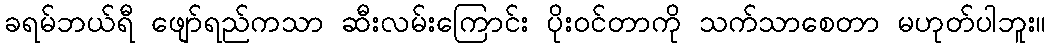
ခရမ်ဘယ်ရီ ဖျော်ရည်ကသာ ဆီးလမ်းကြောင်း ပိုးဝင်တာကို သက်သာစေတာ မဟုတ်ပါဘူး။